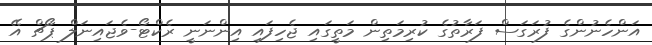
އަންހެނުންގެ ފުރަގަސް ފަރާތުގެ ކުރިމަތިން މަތީގައި ޖެހިފައި އިންނަނީ ރެކްޓޯ-ވެޖައިނަލް ޕޯޗް އޭ